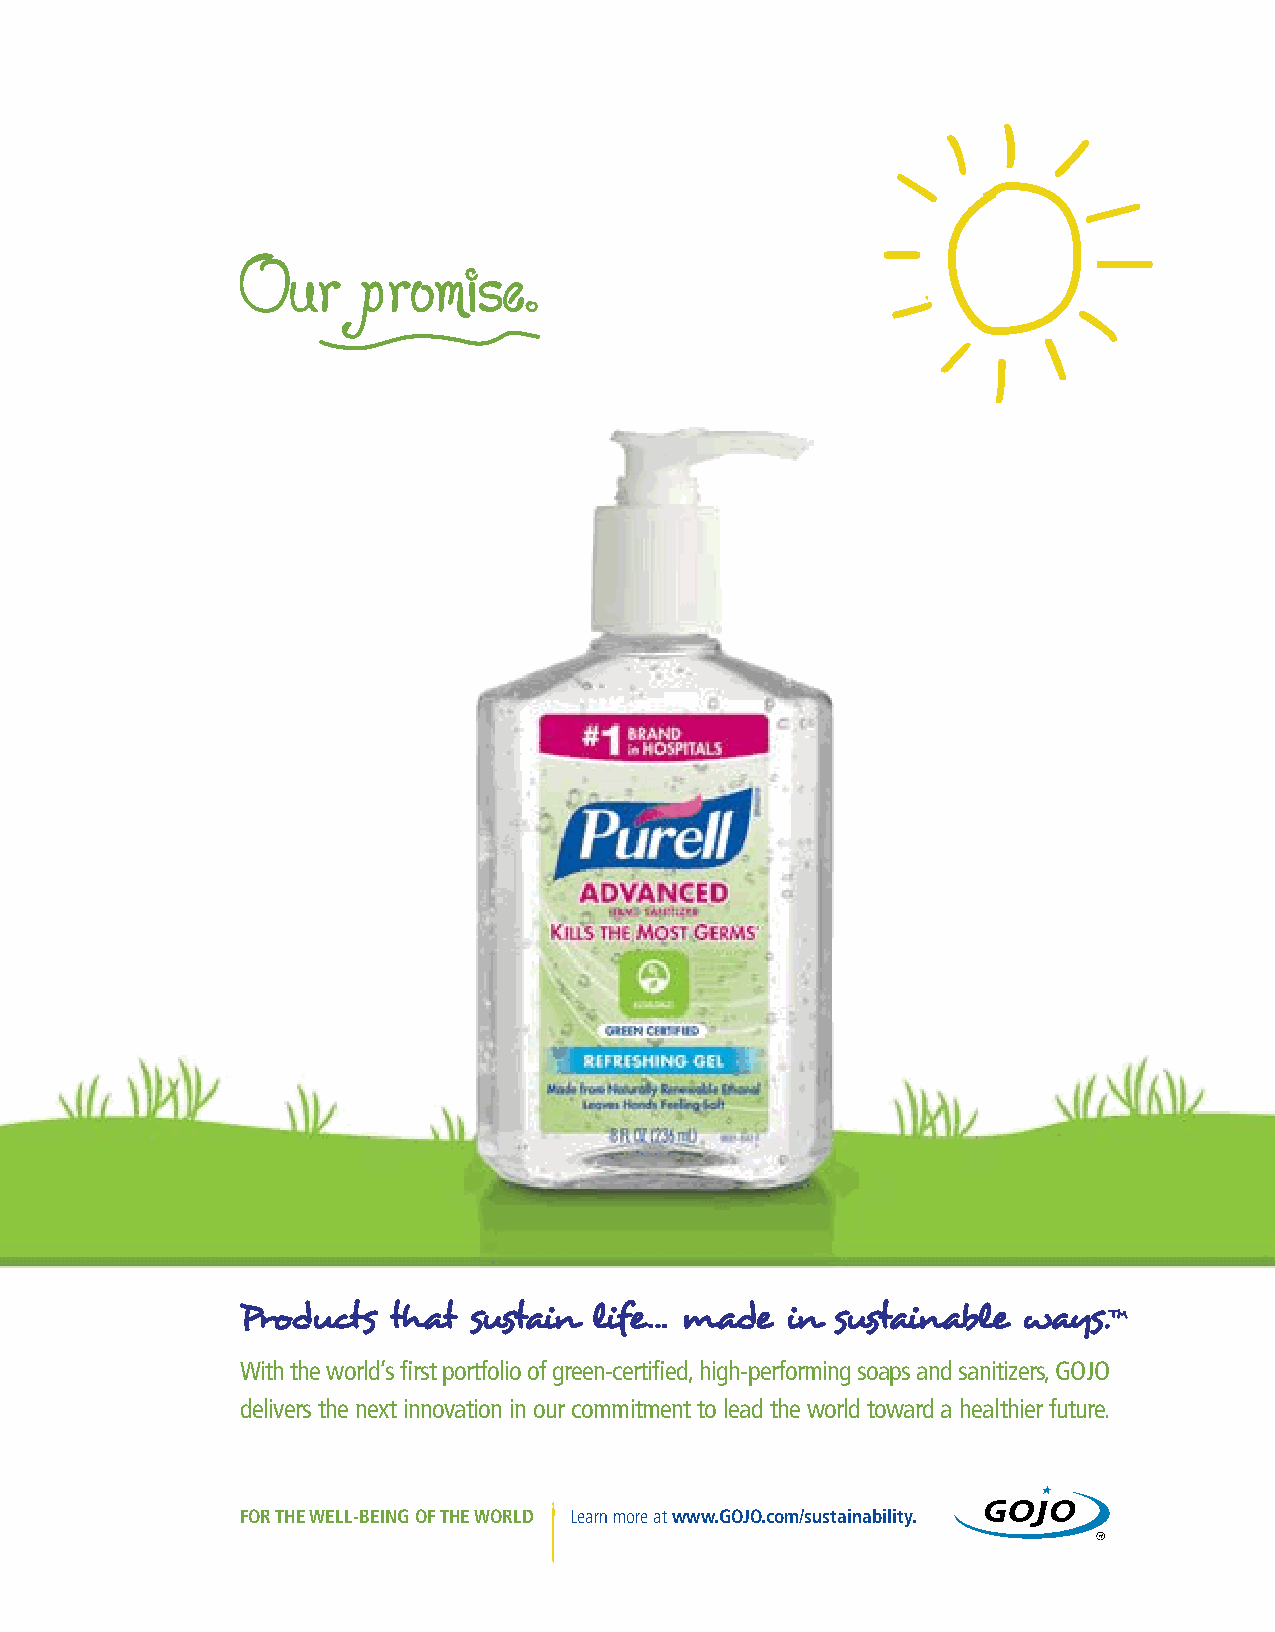
With the world’s first portfolio of green-certified, high-performing soaps and sanitizers, GOJO
 delivers the next innovation in our commitment to lead the world toward a healthier future.
 FOR THE WELL-BEING OF THE WORLD Learn more at www.GOJO.com/sustainability.